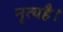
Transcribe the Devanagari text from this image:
नृत्यहै।